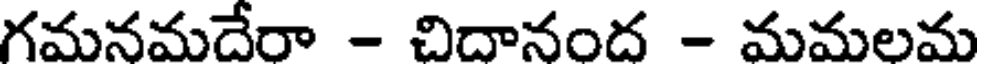
గమనమదేరా - చిదానంద - మమలమ